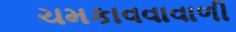
ચમકાવવાવાળી